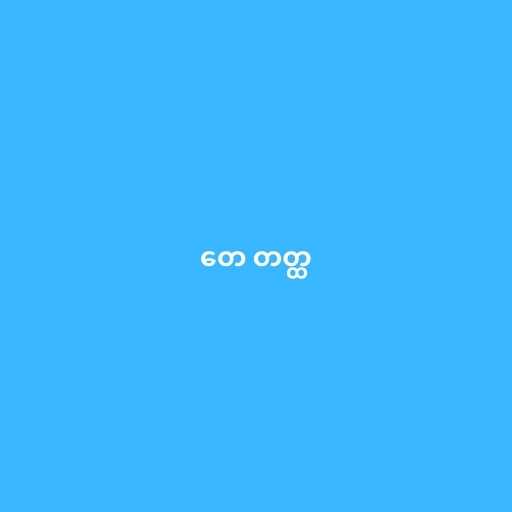
တေ တတ္ထ